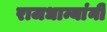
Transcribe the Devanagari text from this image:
राजधान्यांनी